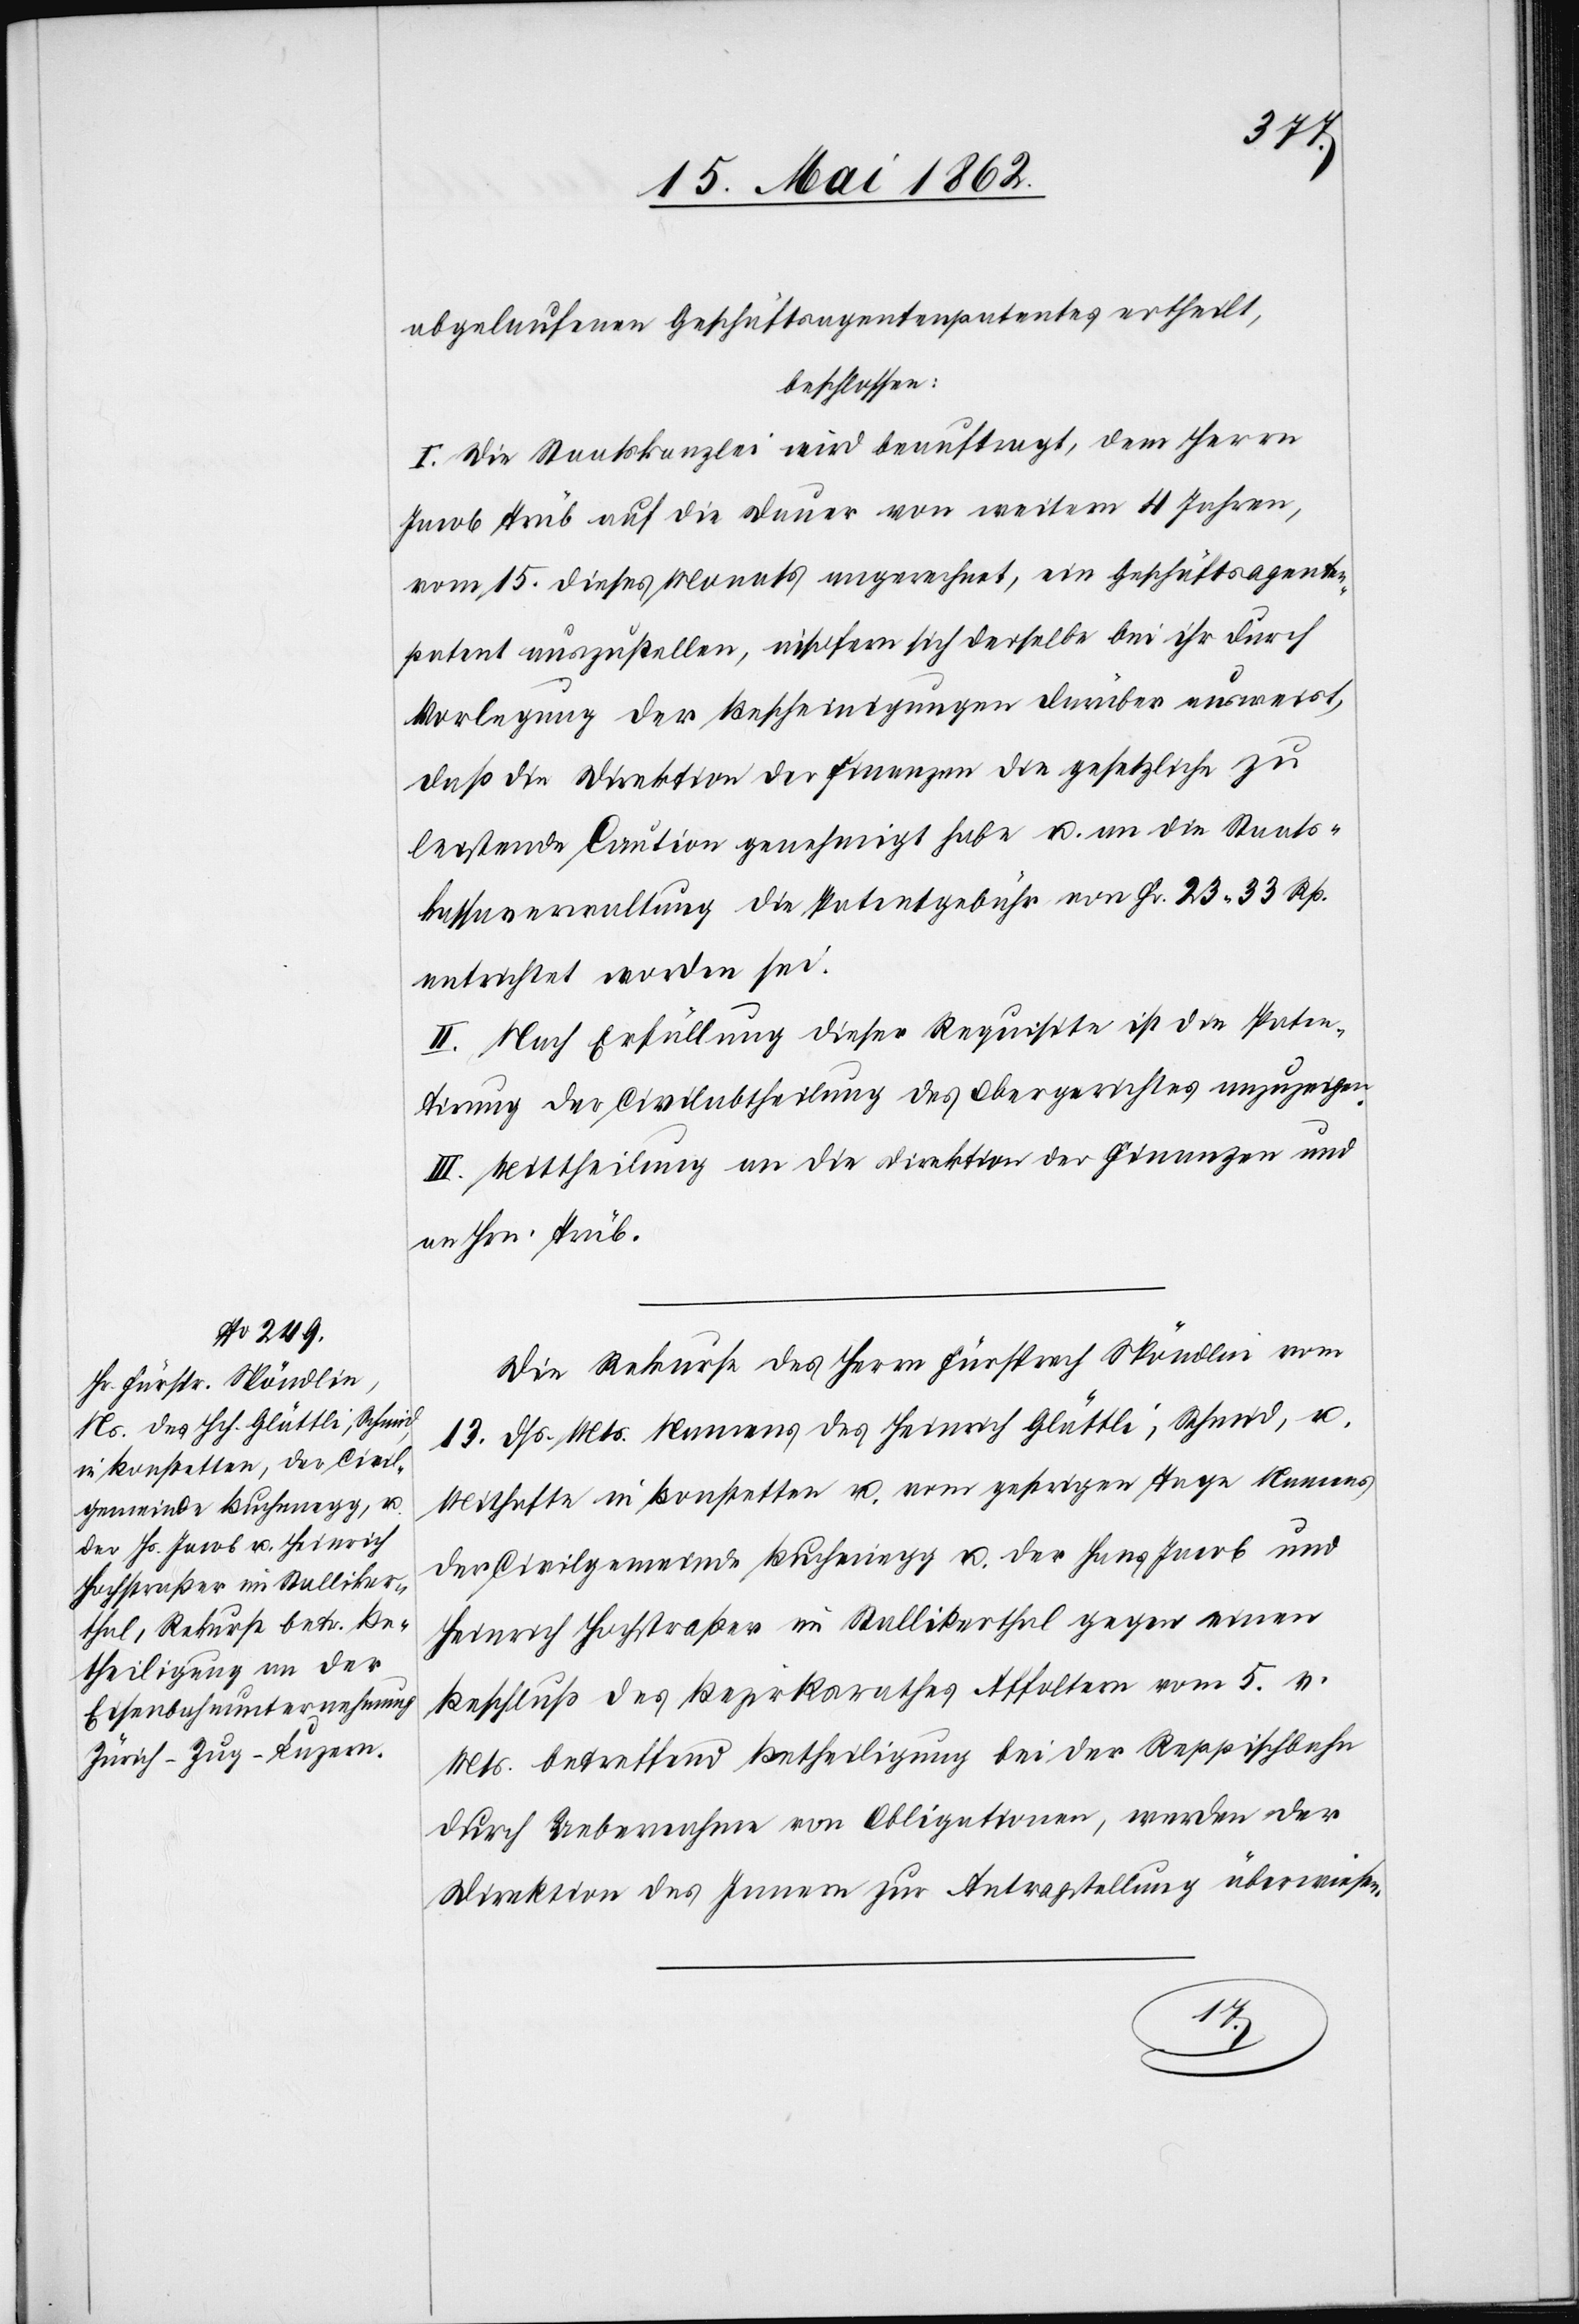
16. Mai 1862.]
abgelaufenen Geschäftsangentenpatentes ertheilt,
beschlossen:
I. Die Staatskanzlei wird beauftragt, dem Herrn
Jacob Trüb auf die Dauer von weitern 4 Jahren,
vom 15. dieses Monats angerechnet, ein Geschäftsagenten¬
patent auszustellen, insofern sich derselbe bei ihr durch
Vorlegung der Bescheinigungen darüber ausweist,
daß die Direktion der Finanzen die gesetzliche zu
leistende Caution genehmigt habe u. an die Staats¬
kassaverwaltung die Patentgebühr von Fr. 23 33 Rp.
entrichtet worden sei.
II. Nach Erfüllung dieser Requisite ist die Paten¬
tirung der Civilabtheilung des Obergerichtes anzuzeigen.
III. Mittheilung an die Direktion der Finanzen und
an Hrn. Trüb.
Die Rekurse des Herrn Fürsprech Spöndlin vom
13. dß. Mts. Namens des Heinrich Glättli, Schmid, u.
Mithafte in Bonstetten u. vom gestrigen Tage Namens
der Civilgemeinde Buchenegg u. der Hans Jacob und
Heinrich Hochstraßer in Stallikerthal gegen einen
Beschluß des Bezirksrathes Affoltern vom 5. v.
Mts. betreffend Betheiligung bei der Reppischbahn
durch Uebernahme von Obligationen, werden der
Direktion des Innern zur Antragstellung überwiesen.